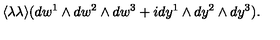
\langle \lambda \lambda \rangle ( d w ^ { 1 } \wedge d w ^ { 2 } \wedge d w ^ { 3 } + i d y ^ { 1 } \wedge d y ^ { 2 } \wedge d y ^ { 3 } ) .